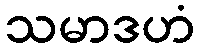
သမာဒဟံ